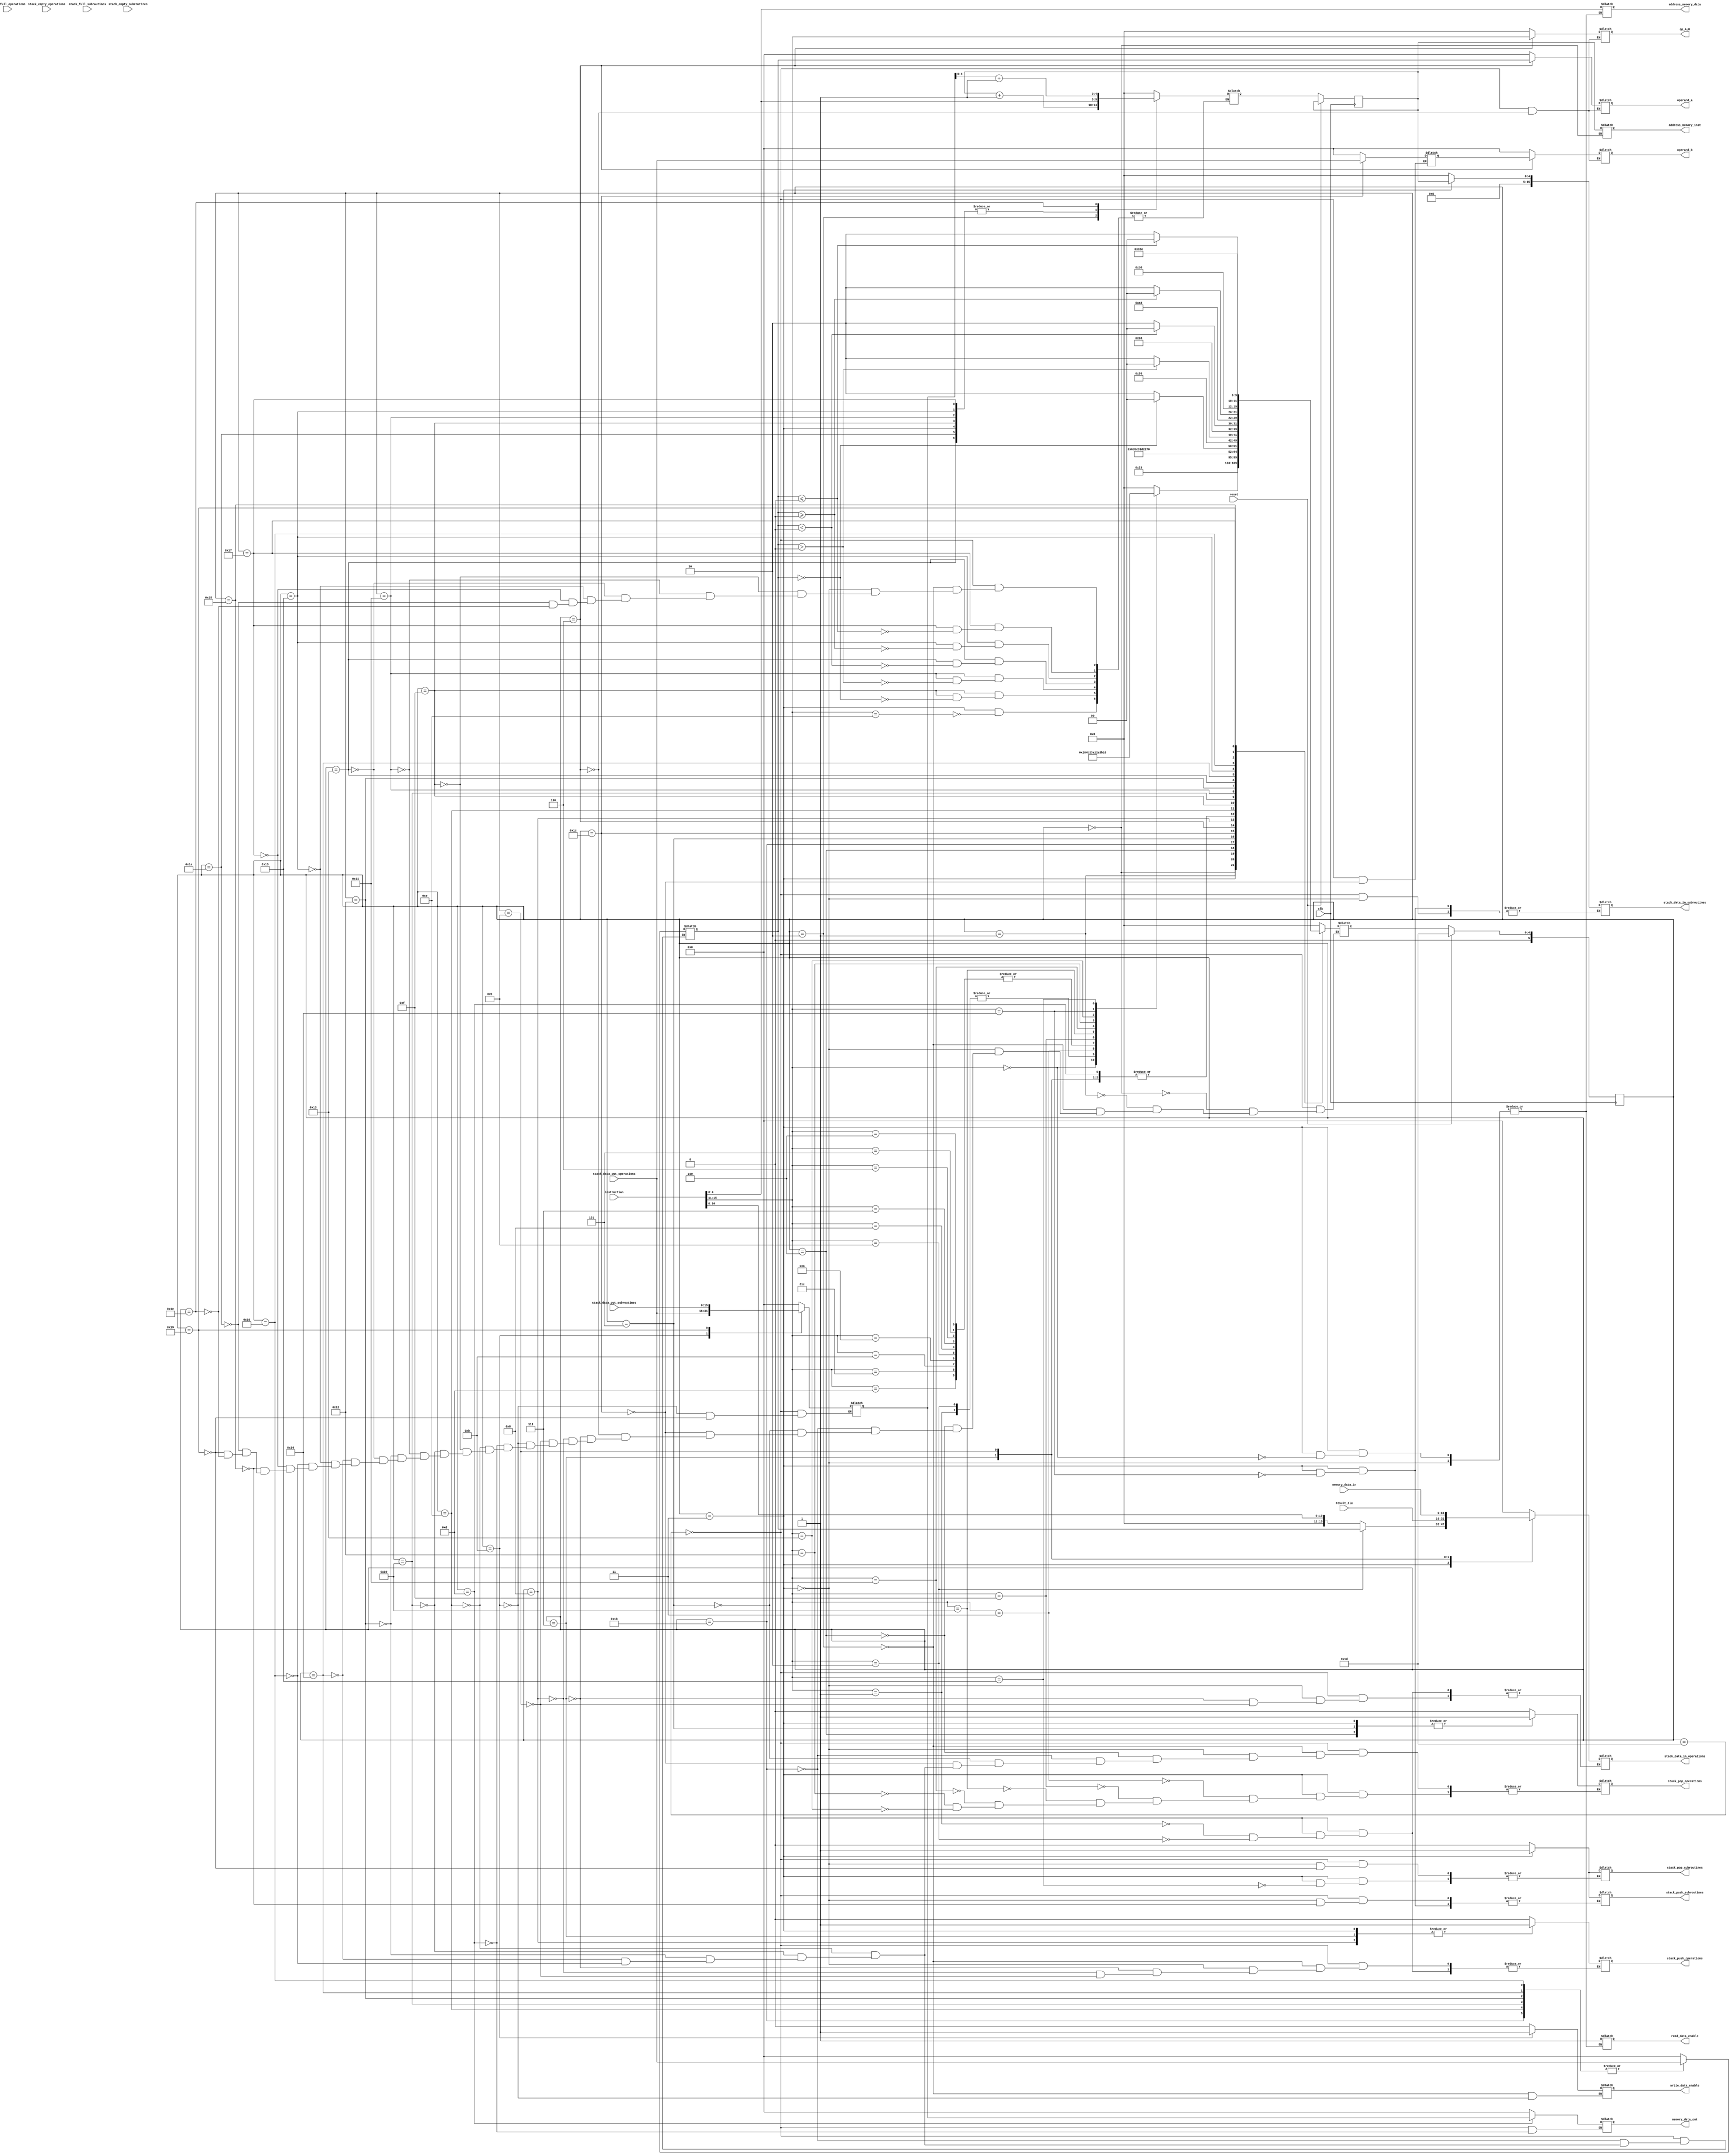
//`include "alu/alu.v"
//`include "stack/stack.v"

module cpu #(
    parameter integer WIDTH_DATA = 16, parameter integer AWIDTH = 5
    )(
        input wire clk,
        input wire reset,

        // Instruction memory
        input wire [WIDTH_DATA-1:0] instruction,
        output reg [AWIDTH-1:0] address_memory_inst,
        //output reg read_inst_enable,

        // Data memory
        output reg [WIDTH_DATA-1:0] memory_data_out,
        input wire [WIDTH_DATA-1:0] memory_data_in,
        output reg read_data_enable,
        output reg write_data_enable,
        output reg [4:0] address_memory_data,

        // ALU
        input wire [WIDTH_DATA-1:0] result_alu,        
        output reg  [WIDTH_DATA-1:0] operand_a,
        output reg  [WIDTH_DATA-1:0] operand_b,
        output reg  [4:0] op_ALU,

        // Stack operations
        input wire stack_full_operations,
        input wire stack_empty_operations,
        output reg stack_push_operations, 
        output reg stack_pop_operations, 
        input wire [WIDTH_DATA -1 :0] stack_data_out_operations,
        output reg [WIDTH_DATA -1 :0] stack_data_in_operations,

        // Stack subroutines
        input wire stack_full_subroutines,
        input wire stack_empty_subroutines,
        output reg stack_push_subroutines, 
        output reg stack_pop_subroutines, 
        input wire [WIDTH_DATA -1 :0] stack_data_out_subroutines,
        output reg [WIDTH_DATA -1 :0] stack_data_in_subroutines
    );

    // Instructions
    localparam PUSH      = 0;
    localparam PUSH_I    = 1;
    localparam PUSH_T    = 2;
    localparam POP       = 3;
    localparam ADD       = 4;
    localparam SUB       = 5;
    localparam MUL       = 6;
    localparam DIV       = 7;
    localparam AND       = 8;
    localparam NAND      = 9;
    localparam OR        = 10;
    localparam XOR       = 11;
    localparam CMP       = 12;
    localparam NOT       = 13;
    localparam GOTO      = 14;
    localparam IF_EQ     = 15;
    localparam IF_GT     = 16;
    localparam IF_LT     = 17;
    localparam IF_GE     = 18;
    localparam IF_LE     = 19;
    localparam CALL      = 20;
    localparam RET       = 21;

    // States
    localparam LOAD_INST            = 0;
    localparam GET_INST             = 1;
    localparam PCOUNTER_INC         = 2;
    localparam DECODE               = 3;
    localparam POP_TEMP1            = 4;
    localparam POP_TEMP2            = 5;
    localparam OP_ALU               = 6;
    localparam PUSH_OP_RESULT       = 7;
    localparam GET_DATA             = 8;
    localparam PUSH_M               = 9;
    localparam ENABLE_WRITE_DATA    = 11;
    localparam WRITE_DATA           = 13;
    localparam POP_IF_EQ            = 14;
    localparam CMP_IF_EQ            = 15;
    localparam POP_IF_GT            = 16;
    localparam CMP_IF_GT            = 17;
    localparam POP_IF_LT            = 18;
    localparam CMP_IF_LT            = 19;
    localparam POP_IF_GE            = 20;
    localparam CMP_IF_GE            = 21;
    localparam POP_IF_LE            = 22;
    localparam CMP_IF_LE            = 23;
    localparam PUSH_SUBROUTINE      = 24;
    localparam POP_SUBROUTINE       = 25;
    localparam UPDATE_PCOUNTER      = 26;
    localparam GET_TEMP1            = 27;
    localparam GET_TEMP2            = 28;
    localparam RESET                = 29;
    localparam UPDATE_SUBROUTINE    = 30;

    // PCOUNTER
    reg [AWIDTH-1:0] pcounter = 0, pcounter_next;

    /*
    // ALU
    alu  #(.WIDTH_DATA(WIDTH_DATA))alu_cpu (
        .operand_a(operand_a),
        .operand_b(operand_b),
        .op_code(instruction[WIDTH_DATA-1:WIDTH_DATA-5]),
        .result(result_alu)
    );


    // stack_operations
    stack #(.WIDTH_DATA(WIDTH_DATA), .DEPTH(32)) stack_operations (
        .clk(clk),
        .reset(reset),
        .push(stack_push_operations),
        .pop(stack_pop_operations),
        .data_in(stack_data_in_operations),
        .data_out(stack_data_out_operations),
        .full(stack_full_operations),
        .empty(smp_empty_operations)
    );

    // stack_subroutines
    stack #(.WIDTH_DATA(WIDTH_DATA), .DEPTH(32)) stack_subroutines (
        .clk(clk),
        .reset(reset),
        .push(stack_push_subroutines),
        .pop(stack_pop_subroutines),
        .data_in(stack_data_in_subroutines),
        .data_out(stack_data_out_subroutines),
        .full(stack_full_subroutines),
        .empty(stack_empty_subroutines)
    );
    */
    // Registers
    reg [WIDTH_DATA-1:0] Temp1 = 0, Temp2 = 0, TOS = 0;

    // Control signals
    reg [4:0] operation = 0;
    reg [WIDTH_DATA -6 :0] operand = 0;
    reg [5:0] state = 0, next_state = 0;

    // Attribute instruction to operation and operand
    always @(instruction) begin
        operation = instruction[WIDTH_DATA-1:WIDTH_DATA-5];
        operand = instruction[WIDTH_DATA - 6 : 0];

        $display("instruction: %b", instruction);
        $display("operation: %b", operation);
        $display("operand: %b\n", operand);
    end

    always @(posedge clk) begin
        if(reset) begin
            state <= RESET;
        end else begin
            state <= next_state;
            pcounter <= pcounter_next;            
        end
    end

    always @(*) begin
        case (state)
            RESET: begin
                $display("State - RESET");
                next_state = LOAD_INST;
                pcounter_next = 0;
                Temp1 = 0;
                Temp2 = 0;
                TOS = 0;
                next_state = 0;
                stack_push_operations = 0;
                stack_pop_operations = 0;
                stack_data_in_operations = 0;
                stack_push_subroutines = 0;
                stack_pop_subroutines = 0;
                stack_data_in_subroutines = 0;
                operand_a = 0;
                operand_b = 0;
                op_ALU = 0;
                memory_data_out = 16'b0;
            end
            LOAD_INST : begin
                $display("State - LOAD_INST");
                $display("pcounter: %d", pcounter);
                next_state = GET_INST;
                address_memory_inst = pcounter;
                //read_inst_enable = 1;
            end
            GET_INST : begin    //TODO : criar esse novo estado no miro
                $display("State - GET_INST");
                next_state = DECODE;
                //read_inst_enable = 0;
                // instruction is updated from the instruction memory
            end
            PCOUNTER_INC : begin 
                $display("State - PCOUNTER_INC");
                next_state = LOAD_INST;
                pcounter_next = pcounter + 1;

                stack_push_operations = 0;
                stack_pop_operations = 0;
                write_data_enable = 0;                
                stack_push_operations = 0;
            end
            DECODE : begin
                $display("State - DECODE");
                case (operation)
                    PUSH: begin
                        $display("OP - PUSH");
                        next_state = GET_DATA;
                        read_data_enable = 1;
                        address_memory_data = operand[4:0];
                    end
                    PUSH_I: begin
                        $display("OP - PUSH_I");
                        next_state = PCOUNTER_INC; 
                        stack_data_in_operations = operand;
                        stack_push_operations = 1; //Both data must be stable in the next clock                
                    end
                    PUSH_T: begin
                        $display("OP - PUSH_T");
                        next_state = PCOUNTER_INC;
                        stack_data_in_operations = Temp1;
                        stack_push_operations = 1;     
                    end             
                    POP: begin
                        $display("OP - POP");
                        next_state = ENABLE_WRITE_DATA;
                        stack_pop_operations = 1;
                    end
                    ADD, SUB, MUL, DIV, AND, NAND, OR, XOR, CMP, NOT: begin
                        $display("OP - OP_ALU");
                        next_state = POP_TEMP1;
                    end
                    GOTO: begin
                        $display("OP - GOTO");
                        next_state = LOAD_INST;
                        pcounter_next <= operand; // To do: Verificar depois se no conseguimos tirar o latch
                    end
                    IF_EQ: begin
                        $display("OP - IF_EQ");
                        next_state = POP_IF_EQ;
                        stack_pop_operations = 1;
                    end  
                    IF_GT: begin
                        $display("OP - IF_GT");
                        next_state = POP_IF_GT;
                        stack_pop_operations = 1;
                    end                      
                    IF_LT: begin
                        $display("OP - IF_LT");
                        next_state = POP_IF_LT;
                        stack_pop_operations = 1;
                    end  
                    IF_GE: begin
                        $display("OP - IF_GE");
                        next_state = POP_IF_GE;
                        stack_pop_operations = 1;
                    end                      
                    IF_LE: begin
                        $display("OP - IF_LE");
                        next_state = POP_IF_LE;
                        stack_pop_operations = 1;
                    end 
                    CALL: begin
                        $display("OP - CALL");
                        next_state = PUSH_SUBROUTINE;
                        stack_data_in_subroutines = pcounter;
                        stack_push_subroutines = 1;
                    end
                    RET: begin
                        $display("OP - RET");
                        next_state = POP_SUBROUTINE;
                        stack_pop_subroutines = 1;
                    end
                    default: begin
                        $display("OP - default");
                        next_state = 0;
                    end
                endcase                
            end
            POP_TEMP1 : begin
                $display("State - POP_TEMP1");
                next_state = GET_TEMP1;
                stack_pop_operations = 1;
                $display("stack_data_out_operations: %d", stack_data_out_operations);                
            end
            GET_TEMP1 : begin
                $display("State - GET_TEMP1");
                next_state = POP_TEMP2;
                Temp1 = stack_data_out_operations;
                stack_pop_operations = 0;                
                $display("stack_data_out_operations: %d", stack_data_out_operations);                
            end
            POP_TEMP2 : begin
                $display("State - POP_TEMP2");
                next_state = GET_TEMP2;
                stack_pop_operations = 1;                
                $display("stack_data_out_operations: %d", stack_data_out_operations);                
            end
            GET_TEMP2 : begin
                $display("State - GET_TEMP2");
                next_state = OP_ALU;
                Temp2 = stack_data_out_operations;  // ToDo : Testar se t pegando o segundo operando corretamente
                stack_pop_operations = 0;      
                $display("stack_data_out_operations: %d", stack_data_out_operations);                
            end
            OP_ALU : begin
                $display("State - OP_ALU");
                $display("Temp1: %d", Temp1);
                $display("Temp2: %d", Temp2);
                next_state = PUSH_OP_RESULT;
                operand_a = Temp1;
                operand_b = Temp2;
                op_ALU = operation;
            end
            PUSH_OP_RESULT : begin
                $display("State - PUSH_OP_RESULT");
                next_state = PCOUNTER_INC;
                stack_data_in_operations = result_alu;
                stack_push_operations = 1;                 
            end           
            GET_DATA : begin
                $display("State - GET_DATA");
                next_state = PUSH_M;
                stack_push_operations = 1;
                // memory data in is updated from the instruction memory
            end
            PUSH_M : begin
                $display("State - PUSH_M");
                next_state = PCOUNTER_INC;
                stack_data_in_operations = memory_data_in;
                stack_push_operations = 0;
            end
            ENABLE_WRITE_DATA : begin
                $display("State - ENABLE_WRITE_DATA");
                next_state = PCOUNTER_INC;
                TOS = stack_data_out_operations;
                $display("TOS: %d", TOS);
                write_data_enable = 1;
            end
            WRITE_DATA : begin
                $display("State - WRITE_DATA");
                next_state = PCOUNTER_INC;
                memory_data_out = TOS;                
            end
            POP_IF_EQ : begin
                $display("State - POP_IF_EQ");  
                next_state = CMP_IF_EQ;
                Temp1 = stack_data_out_operations;
                stack_pop_operations = 0;
            end
            CMP_IF_EQ : begin
                $display("State - CMP_IF_EQ");
                if (Temp1 == 0) begin
                    next_state = LOAD_INST;
                    pcounter_next = operand;
                end
                else begin
                    next_state = PCOUNTER_INC;
                end
            end 

            POP_IF_GT : begin
                $display("State - POP_IF_GT");
                next_state = CMP_IF_GT;
                Temp1 = stack_data_out_operations;
                stack_pop_operations = 0;
            end
            CMP_IF_GT : begin
                $display("State - CMP_IF_GT");
                if (Temp1 > 0) begin
                    next_state = LOAD_INST;
                    pcounter_next = operand;
                end
                else begin
                    next_state = PCOUNTER_INC;
                end
            end

            POP_IF_LT : begin  
                $display("State - POP_IF_LT");
                next_state = CMP_IF_LT;
                Temp1 = stack_data_out_operations;
                stack_pop_operations = 0;
            end
            CMP_IF_LT : begin
                $display("State - CMP_IF_LT");
                if (Temp1 < 0) begin
                    next_state = LOAD_INST;
                    pcounter_next = operand;
                end
                else begin
                    next_state = PCOUNTER_INC;
                end
            end 
            POP_IF_GE : begin  
                $display("State - POP_IF_GE");
                next_state = CMP_IF_GE;
                Temp1 = stack_data_out_operations;
                stack_pop_operations = 0;
            end
            CMP_IF_GE : begin
                $display("State - CMP_IF_GE");
                if (Temp1 >= 0) begin
                    next_state = LOAD_INST;
                    pcounter_next = operand;
                end
                else begin
                    next_state = PCOUNTER_INC;
                end
            end   
            POP_IF_LE : begin  
                $display("State - POP_IF_LE");
                next_state = CMP_IF_LE;
                Temp1 = stack_data_out_operations;
                stack_pop_operations = 0;
            end
            CMP_IF_LE : begin
                $display("State - CMP_IF_LE");
                if (Temp1 <= 0) begin
                    next_state = LOAD_INST;
                    pcounter_next = operand;
                end
                else begin
                    next_state = PCOUNTER_INC;
                end
            end
            PUSH_SUBROUTINE : begin
                $display("State - PUSH_SUBROUTINE");
                next_state = UPDATE_PCOUNTER;
                stack_push_subroutines = 0;
            end                    
            UPDATE_PCOUNTER : begin
                $display("State - UPDATE_PCOUNTER");
                $display("operand: %d", operand);
                next_state = LOAD_INST;
                pcounter_next = operand;
            end
            POP_SUBROUTINE : begin
                $display("State - POP_SUBROUTINE");
                next_state = UPDATE_SUBROUTINE;
                TOS = stack_data_out_subroutines;
                $display("stack_full_subroutines: %d", stack_full_subroutines);
                stack_pop_subroutines = 0;
            end
            UPDATE_SUBROUTINE : begin
                $display("State - UPDATE_PCOUNTER_SUBROUTINE");
                $display("TOS: %d", TOS);
                next_state = LOAD_INST;
                pcounter_next = TOS + 1;
            end               
        endcase

    end
endmodule